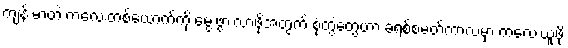
ကျန်းမာတဲ့ ကလေးတစ်ယောက်ကို မွေးဖွားလာဖို့အတွက် စုံတွဲတွေဟာ ခရစ်စမတ်ကာလမှာ ကလေးယူဖို့